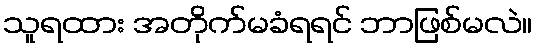
သူရထား အတိုက်မခံရရင် ဘာဖြစ်မလဲ။